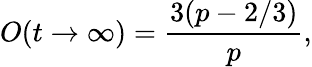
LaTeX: O(t\to\infty)=\frac{3(p-2/3)}{p},